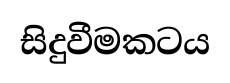
සිදුවීමකටය